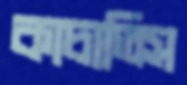
কাচাতিস